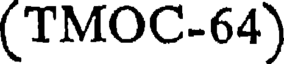
(TMOC-64)